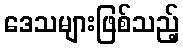
ဒေသများဖြစ်သည့်